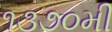
૧૩૭૦મી